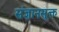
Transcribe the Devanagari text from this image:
संज्ञानसूक्त